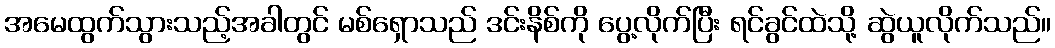
အမေထွက်သွားသည့်အခါတွင် မစ်ရှောသည် ဒင်းနိစ်ကို ပွေ့လိုက်ပြီး ရင်ခွင်ထဲသို့ ဆွဲယူလိုက်သည်။